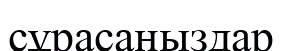
сұрасаңыздар